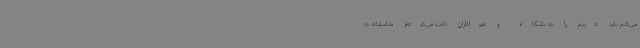
می‌کنم باید دینم را به باشگاه و هواداران ثابت می‌کردم. متاسفانه به